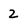
Character: 2